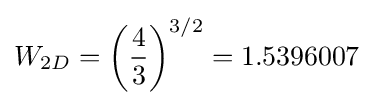
W_{2D}=\left({\frac {4}{3}}\right)^{3/2}=1.5396007